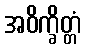
အဝိက္ခိတ္တံ